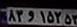
۸۳و۱۵۲۵۳